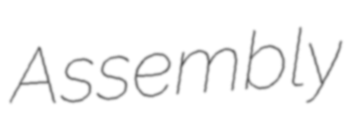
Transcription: Assembly